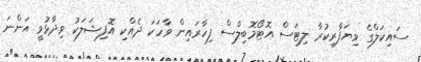
ސައިކަލްގެ ވިޔަފާރިކުރާ ލިޓަސް އޮޓޯމޮބިލްސް ފިހާރައިން ވާހަކަ ދެއްކި އޮފިޝަލަކު ވިދާޅުވީ އަންނަ